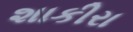
શાકીરા